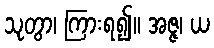
သုတွာ၊ ကြားရ၍။ အဇ္ဇ၊ ယ